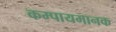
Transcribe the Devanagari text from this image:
कम्पायमानक